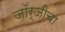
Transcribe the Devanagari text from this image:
जॉर्जीचा